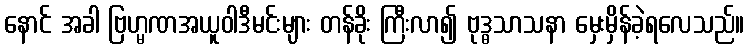
နောင် အခါ ဗြဟ္မဏအယူဝါဒီမင်းများ တန်ခိုး ကြီးလာ၍ ဗုဒ္ဓသာသနာ မှေးမှိန်ခဲ့ရလေသည်။